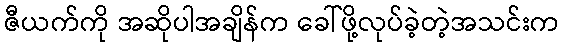
ဇီယက်ကို အဆိုပါအချိန်က ခေါ်ဖို့လုပ်ခဲ့တဲ့အသင်းက